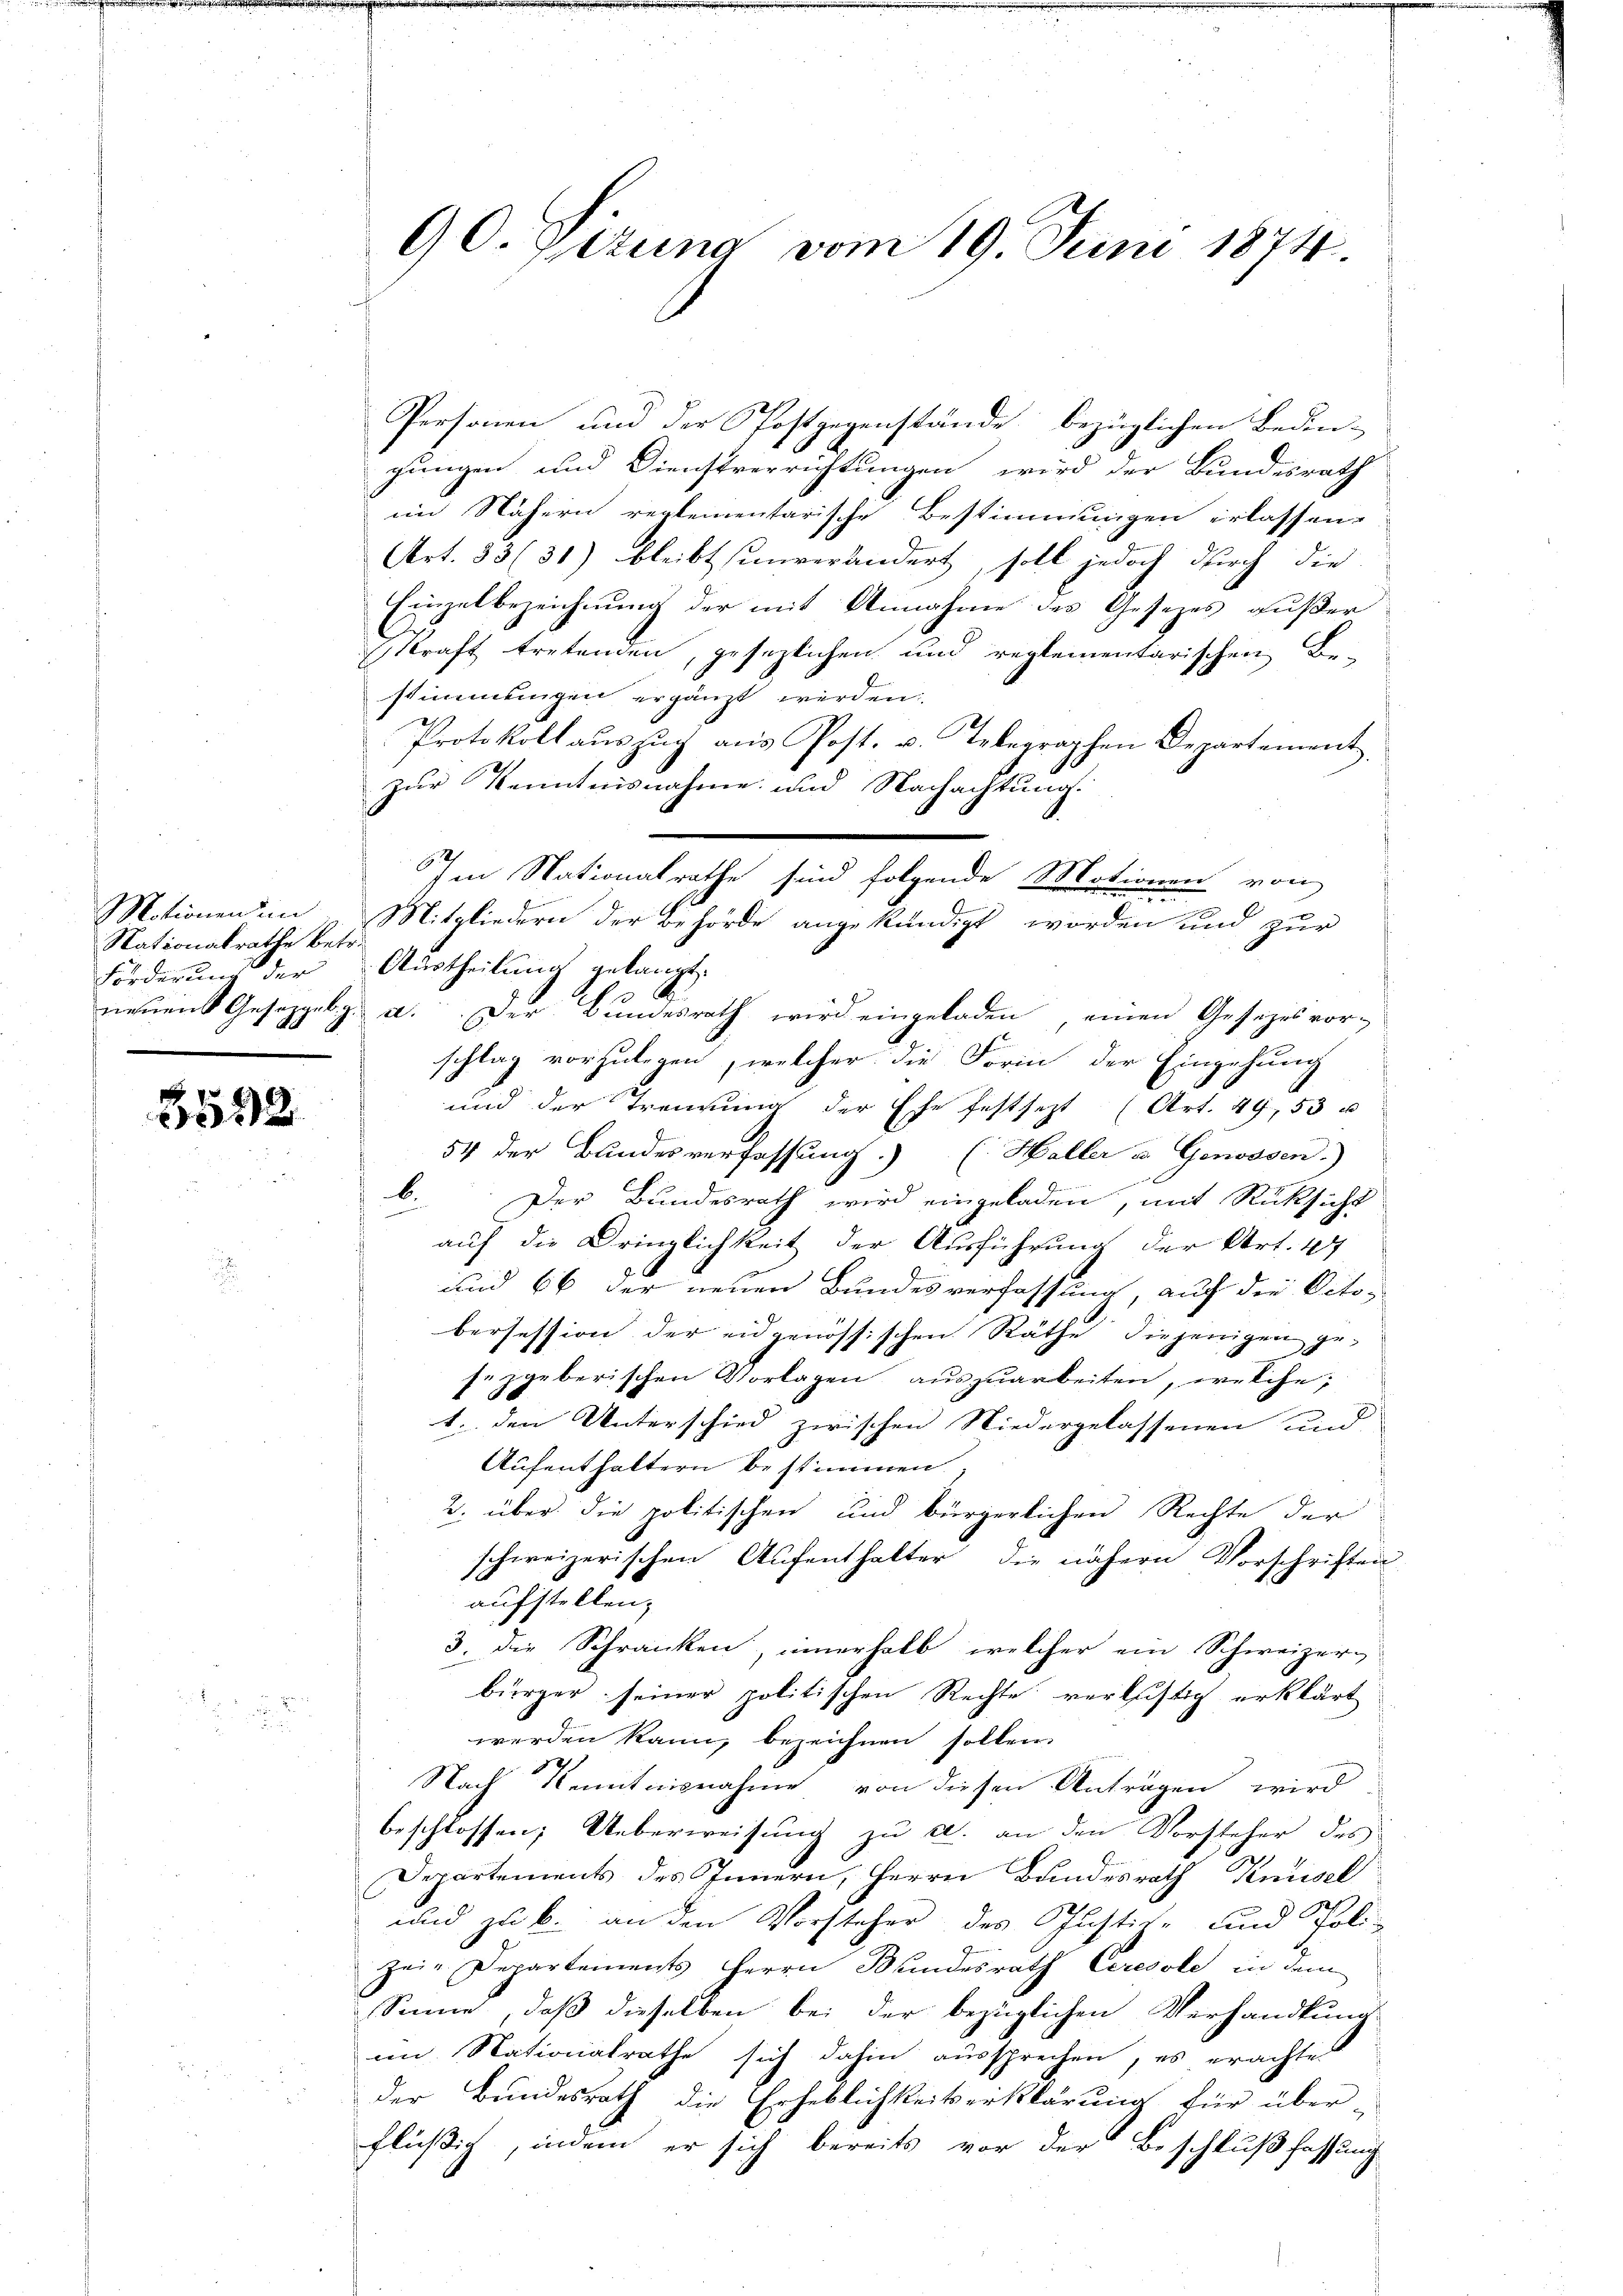
Motionen un
Nationalrathe betr.
Forderung der
.

5552

9 O. Getung vom 19. Juni 1874.

Personen und der Postgegenstände bezüglichen Beden-
gungen und Dienstverrichtungen wird der Bundesrath
im Nähern reglementarische Bestimmungen erlassen.
Art. 83 (31) bleibt unverändert, soll jedoch durch die
Einzelbezeichnung der mit Annahme des Gesezes außer
Kraft tretenden, gesezlichen und reglementarischen Be-
stimmungen ergänzt werden:
Protokoll auszug aus Post. u. Telegraphen Departement
zur Kenntnisnahme und Nachachtung.
Mitgliedern der Behörde angekündigt worden und zur
Austheilung gelangt.
neuen Gesetzgebg. a. Der Bundesrath wird eingeladen, einen Gesezesvor-
schlag vorzulegen, welcher die Form der Eingehung
und der Trennung der Ehe festsezt (Art. 49, 53 u
54 der Bundesverfassung.) (Haller u. Genossen.)
b. Der Bundesrath wird eingeladen, mit Rücksicht
auf die Dringlichkeit der Ausführung der Art. 47
und 66 der neuen Bundesverfassung, auf die Octobersession der eidgenössischen Räthe diejenigen ge-
sezgeberischen Vorlagen auszuarbeiten, welche;
t. den Unterschied zwischen Niedergelassenen und
Aufenthaltern bestimmen,
2. über die politischen und bürgerlichen Rechte der
schweizerischen Aufenthalter die nähern Vorschriften
aufstellen,
3. die Schranken, innerhalb, welcher ein Schweizer-
bürger seiner politischen Rechte verlistig erklärt
werden kann, bezeichnen sollen.
2
Nach Kenntnisnahme von diesen Antragen wird
beschlossen; Ueberweisung zu a. an den Vorsteher des
s
Departement des Innern, Herrn Bundesrath Knüsel
und zu b. an den Vorsteher des Justiz- und Poli-
zei-Departements Herrn Bundesrath Ceresole in dem
Sinne, daß dieselben bei der bezüglichen Verhandlung
im Nationalrathe sich dahin aussprechen, es erachte
der Bundesrath die Erheblichkeitserklärung für über-
flüßig, indem er sich bereits vor der Beschlußfassung

Im Nationalrathe sind folgende Motionen von